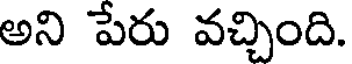
అని పేరు వచ్చింది.